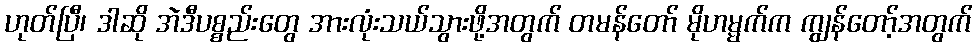
ဟုတ်ပြီ၊ ဒါဆို အဲဒီပစ္စည်းတွေ အားလုံးသယ်သွားဖို့အတွက် တမန်တော် မိုဟမ္မက်က ကျွန်တော့်အတွက်